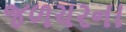
જળચરના